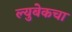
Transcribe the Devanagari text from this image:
ल्युबेकचा